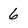
Character: 6